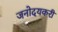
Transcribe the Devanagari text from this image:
जनोदयकरी